Bombay plague: being a history of the progress of plague in the Bombay presidency from September 1896 to June 1899
Year: 1896
Disease focus: Plague
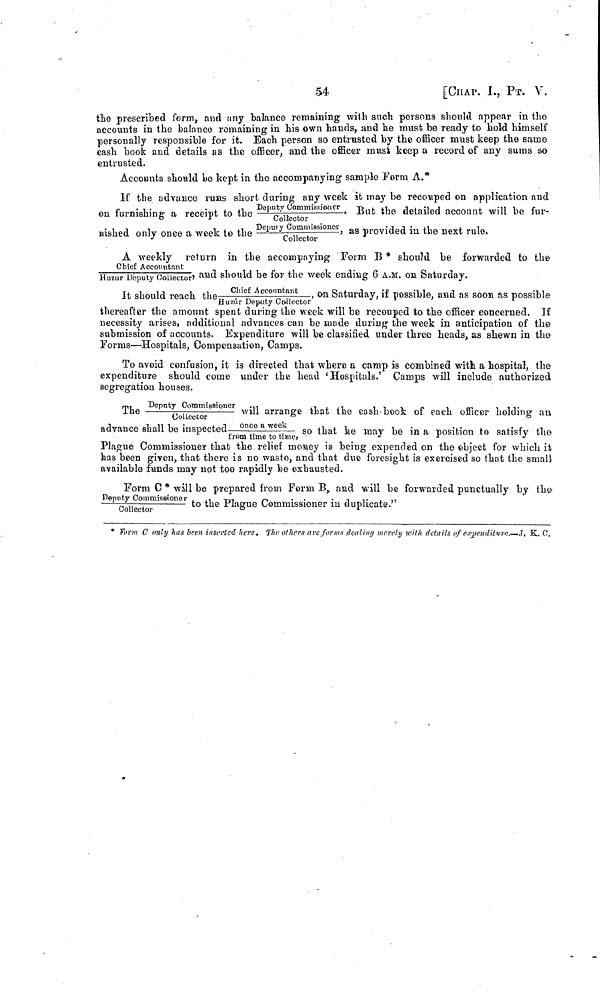
54
[CHAP. I, ΡT. V.
the prescribed form, and any balance remaining with such persons should appear in the
accounts in the balance remaining in his own hands, and he must be ready to hold himself
personally responsible for it. Each person so entrusted by the officer must keep the same
cash book and details as the officer, and the officer must keep a record of any suras so
entrusted.
Accounts should be kept in the accompanying sample Form A.*
If the advance runs short during any week it may be recouped on application and
on furnishing a receipt to the Deputy Commissioner/Collector. But the detailed account will be fur-
nished only once a week to the Deputy Commissioner/Collector, as provided in the next rule.
A weekly return in the accompaying Form B* should be forwarded to the
Chief Accountant/Huzur Deputy Collector, and should be for the week ending 6 A.M. on Saturday.
It should reach the Chief Account ant /Huzur Deputy Collector, on Saturday, if possible, and as soon as possible
thereafter the amount spent during the week will be recouped to the officer concerned. If
necessity arises, additional advances can be made during the week in anticipation of the
submission of accounts. Expenditure will be classified under three heads, as shewn in the
Forms—Hospitals, Compensation, Camps.
To avoid confusion, it is directed that where a camp is combined with a hospital, the
expenditure should come under the head 'Hospitals.' Camps will include authorized
segregation houses.
The Deputy Commissioner/Collector will arrange that the cash book of each officer holding an
advance shall be inspected once a week/from time to tome, so that he may be in a position to satisfy the
Plague Commissioner that the relief money is being expended on the object for which it
has been given, that there is no waste, and that due foresight is exercised so that the small
available funds may not too rapidly be exhausted.
Form C * will be prepared from Form B, and will be forwarded punctually by the
Deputy Commissioner/Collector to the Plague Commissioner in duplicate."
* Form C only has been inserted here. The others are forms dealing merely with details of expenditure.—J. K. C.